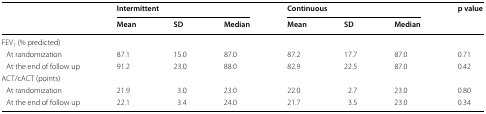
| <ROWSPAN=2>  | <COLSPAN=3> Intermittent | <COLSPAN=3> Continuous | <ROWSPAN=2> p value |
 | Mean | SD | Median | Mean | SD | Median |
 | --- | --- | --- | --- | --- | --- | --- | --- |
 | <COLSPAN=8> FEV1 (% predicted) |
 | At randomization | 87.1 | 15.0 | 87.0 | 87.2 | 17.7 | 87.0 | 0.71 |
 | At the end of follow up | 91.2 | 23.0 | 88.0 | 82.9 | 22.5 | 87.0 | 0.42 |
 | <COLSPAN=8> ACT/cACT (points) |
 | At randomization | 21.9 | 3.0 | 23.0 | 22.0 | 2.7 | 23.0 | 0.80 |
 | At the end of follow up | 22.1 | 3.4 | 24.0 | 21.7 | 3.5 | 23.0 | 0.34 |